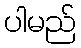
ပါမည်